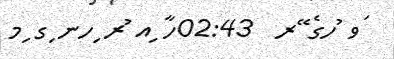
ަވ ުހގެ ޭރ  02:43ހާ ިއ ުރ ިހނ ިގ ިމ